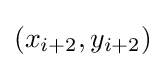
(x_{i+2},y_{i+2})